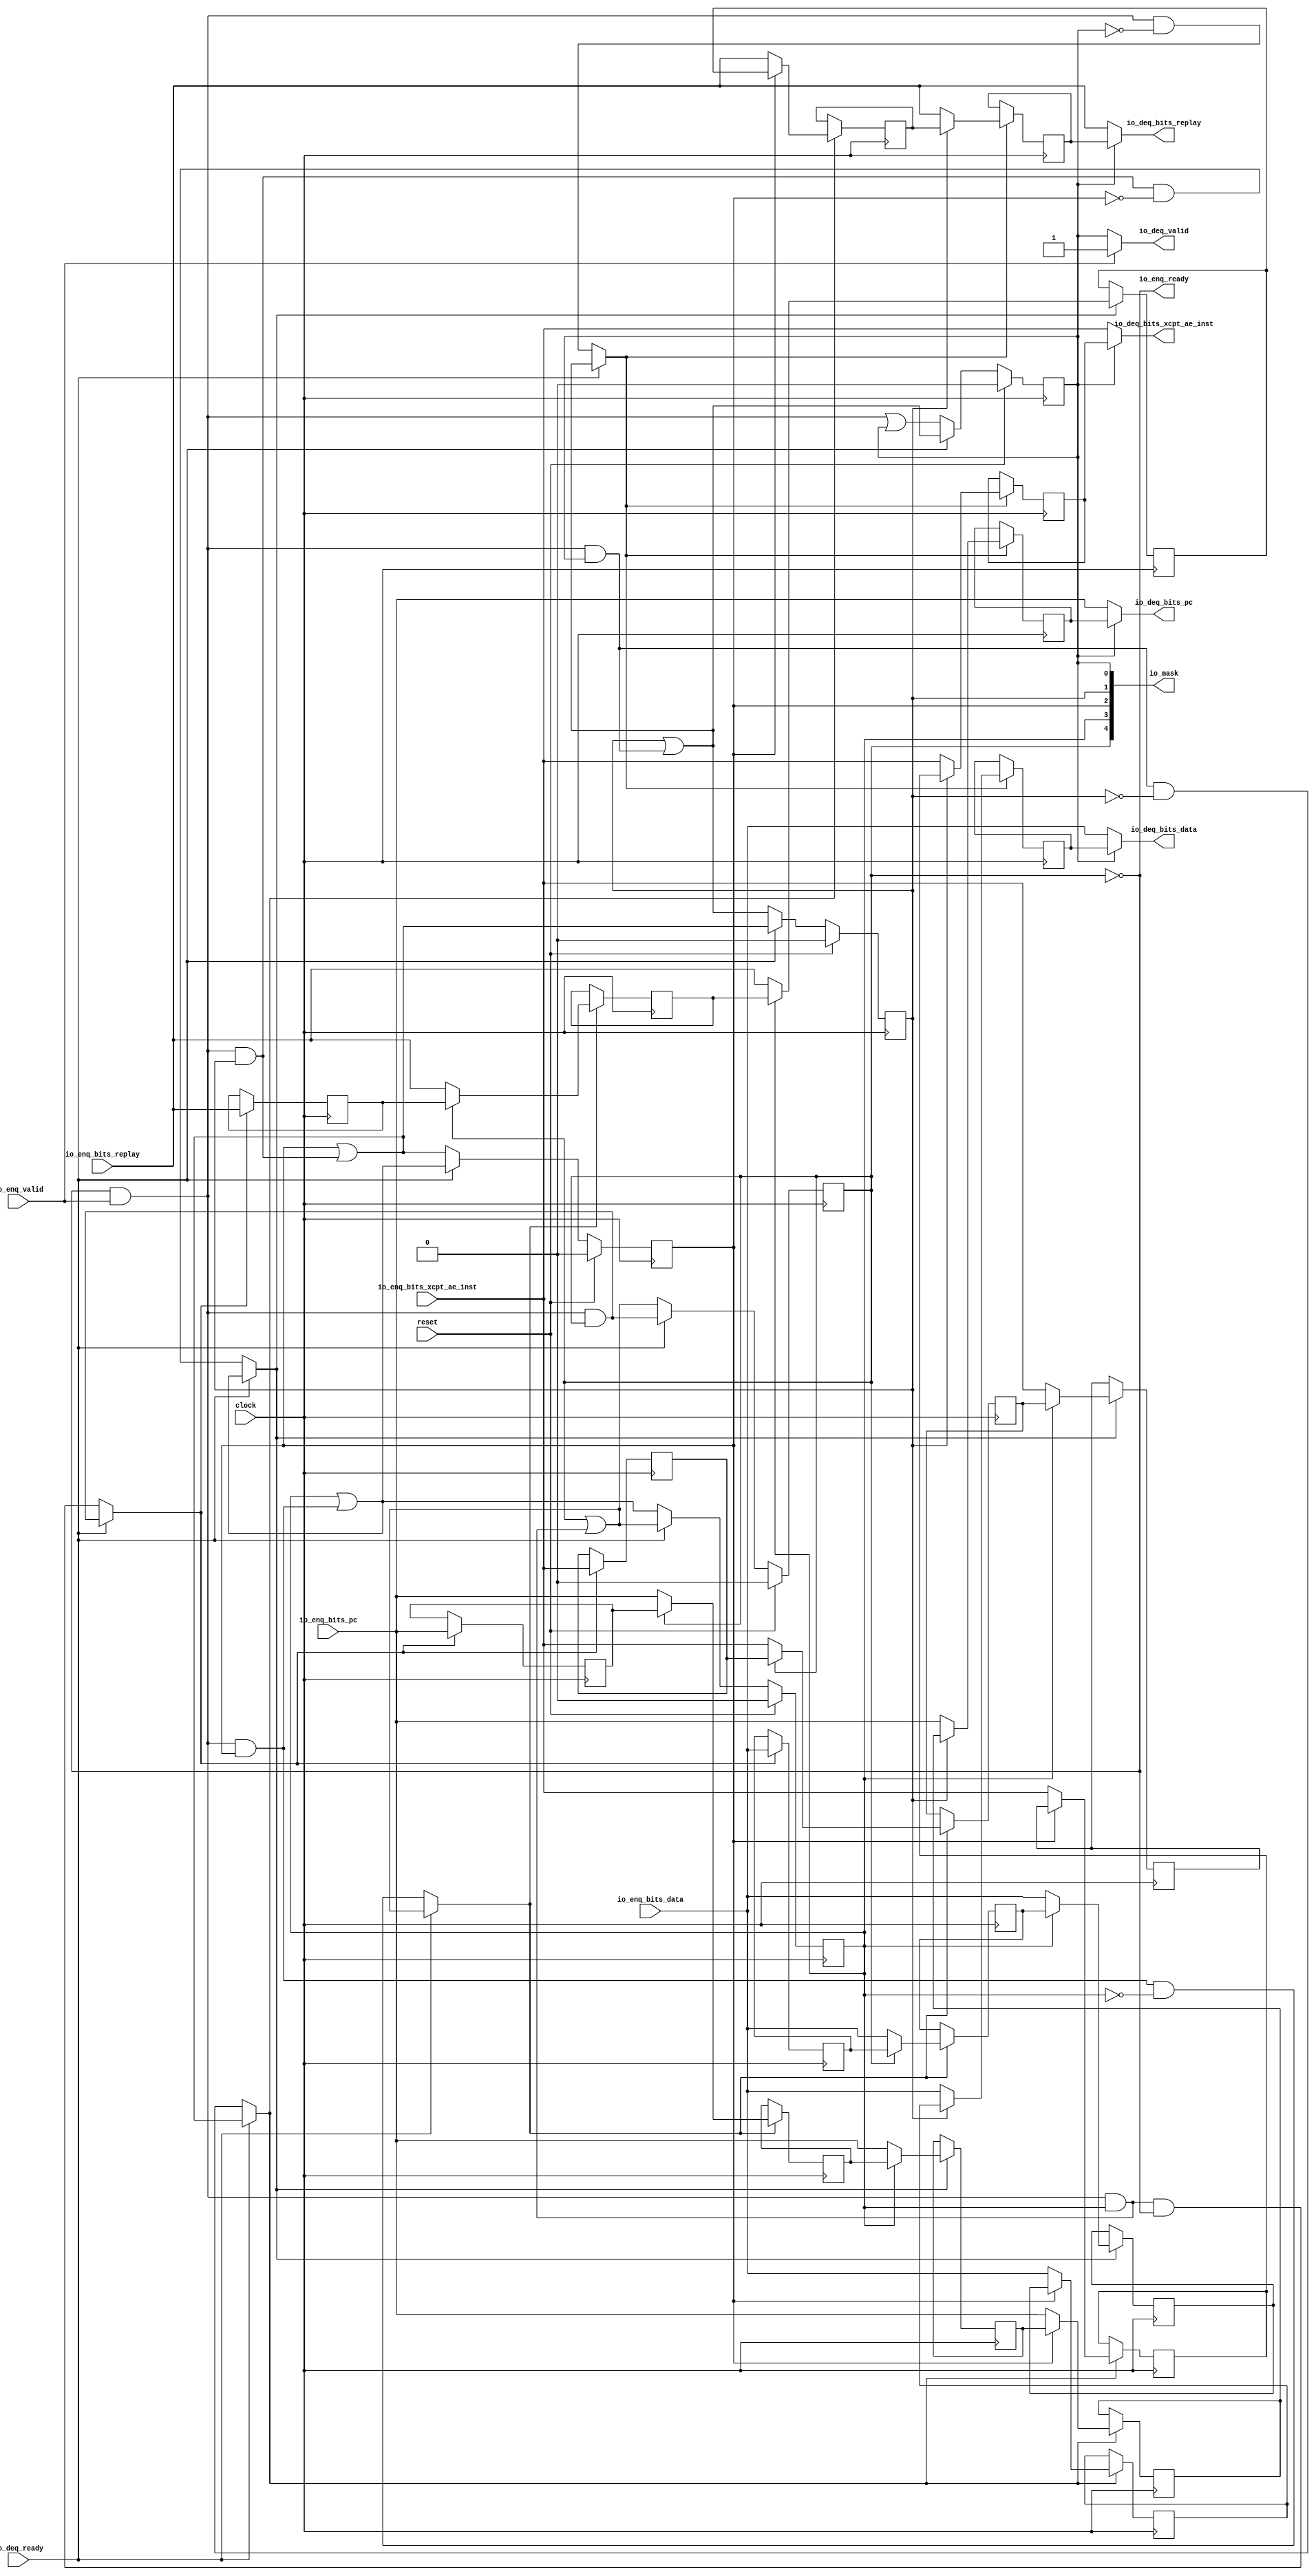
module ShiftQueue( // @[:freechips.rocketchip.system.TinyConfig.fir@109889.2]
  input         clock, // @[:freechips.rocketchip.system.TinyConfig.fir@109890.4]
  input         reset, // @[:freechips.rocketchip.system.TinyConfig.fir@109891.4]
  output        io_enq_ready, // @[:freechips.rocketchip.system.TinyConfig.fir@109892.4]
  input         io_enq_valid, // @[:freechips.rocketchip.system.TinyConfig.fir@109892.4]
  input  [31:0] io_enq_bits_pc, // @[:freechips.rocketchip.system.TinyConfig.fir@109892.4]
  input  [31:0] io_enq_bits_data, // @[:freechips.rocketchip.system.TinyConfig.fir@109892.4]
  input         io_enq_bits_xcpt_ae_inst, // @[:freechips.rocketchip.system.TinyConfig.fir@109892.4]
  input         io_enq_bits_replay, // @[:freechips.rocketchip.system.TinyConfig.fir@109892.4]
  input         io_deq_ready, // @[:freechips.rocketchip.system.TinyConfig.fir@109892.4]
  output        io_deq_valid, // @[:freechips.rocketchip.system.TinyConfig.fir@109892.4]
  output [31:0] io_deq_bits_pc, // @[:freechips.rocketchip.system.TinyConfig.fir@109892.4]
  output [31:0] io_deq_bits_data, // @[:freechips.rocketchip.system.TinyConfig.fir@109892.4]
  output        io_deq_bits_xcpt_ae_inst, // @[:freechips.rocketchip.system.TinyConfig.fir@109892.4]
  output        io_deq_bits_replay, // @[:freechips.rocketchip.system.TinyConfig.fir@109892.4]
  output [4:0]  io_mask // @[:freechips.rocketchip.system.TinyConfig.fir@109892.4]
);
  reg  _T_1_0; // @[ShiftQueue.scala 20:30:freechips.rocketchip.system.TinyConfig.fir@109904.4]
  reg [31:0] _RAND_0;
  reg  _T_1_1; // @[ShiftQueue.scala 20:30:freechips.rocketchip.system.TinyConfig.fir@109904.4]
  reg [31:0] _RAND_1;
  reg  _T_1_2; // @[ShiftQueue.scala 20:30:freechips.rocketchip.system.TinyConfig.fir@109904.4]
  reg [31:0] _RAND_2;
  reg  _T_1_3; // @[ShiftQueue.scala 20:30:freechips.rocketchip.system.TinyConfig.fir@109904.4]
  reg [31:0] _RAND_3;
  reg  _T_1_4; // @[ShiftQueue.scala 20:30:freechips.rocketchip.system.TinyConfig.fir@109904.4]
  reg [31:0] _RAND_4;
  reg [31:0] _T_2_0_pc; // @[ShiftQueue.scala 21:25:freechips.rocketchip.system.TinyConfig.fir@109905.4]
  reg [31:0] _RAND_5;
  reg [31:0] _T_2_0_data; // @[ShiftQueue.scala 21:25:freechips.rocketchip.system.TinyConfig.fir@109905.4]
  reg [31:0] _RAND_6;
  reg  _T_2_0_xcpt_ae_inst; // @[ShiftQueue.scala 21:25:freechips.rocketchip.system.TinyConfig.fir@109905.4]
  reg [31:0] _RAND_7;
  reg  _T_2_0_replay; // @[ShiftQueue.scala 21:25:freechips.rocketchip.system.TinyConfig.fir@109905.4]
  reg [31:0] _RAND_8;
  reg [31:0] _T_2_1_pc; // @[ShiftQueue.scala 21:25:freechips.rocketchip.system.TinyConfig.fir@109905.4]
  reg [31:0] _RAND_9;
  reg [31:0] _T_2_1_data; // @[ShiftQueue.scala 21:25:freechips.rocketchip.system.TinyConfig.fir@109905.4]
  reg [31:0] _RAND_10;
  reg  _T_2_1_xcpt_ae_inst; // @[ShiftQueue.scala 21:25:freechips.rocketchip.system.TinyConfig.fir@109905.4]
  reg [31:0] _RAND_11;
  reg  _T_2_1_replay; // @[ShiftQueue.scala 21:25:freechips.rocketchip.system.TinyConfig.fir@109905.4]
  reg [31:0] _RAND_12;
  reg [31:0] _T_2_2_pc; // @[ShiftQueue.scala 21:25:freechips.rocketchip.system.TinyConfig.fir@109905.4]
  reg [31:0] _RAND_13;
  reg [31:0] _T_2_2_data; // @[ShiftQueue.scala 21:25:freechips.rocketchip.system.TinyConfig.fir@109905.4]
  reg [31:0] _RAND_14;
  reg  _T_2_2_xcpt_ae_inst; // @[ShiftQueue.scala 21:25:freechips.rocketchip.system.TinyConfig.fir@109905.4]
  reg [31:0] _RAND_15;
  reg  _T_2_2_replay; // @[ShiftQueue.scala 21:25:freechips.rocketchip.system.TinyConfig.fir@109905.4]
  reg [31:0] _RAND_16;
  reg [31:0] _T_2_3_pc; // @[ShiftQueue.scala 21:25:freechips.rocketchip.system.TinyConfig.fir@109905.4]
  reg [31:0] _RAND_17;
  reg [31:0] _T_2_3_data; // @[ShiftQueue.scala 21:25:freechips.rocketchip.system.TinyConfig.fir@109905.4]
  reg [31:0] _RAND_18;
  reg  _T_2_3_xcpt_ae_inst; // @[ShiftQueue.scala 21:25:freechips.rocketchip.system.TinyConfig.fir@109905.4]
  reg [31:0] _RAND_19;
  reg  _T_2_3_replay; // @[ShiftQueue.scala 21:25:freechips.rocketchip.system.TinyConfig.fir@109905.4]
  reg [31:0] _RAND_20;
  reg [31:0] _T_2_4_pc; // @[ShiftQueue.scala 21:25:freechips.rocketchip.system.TinyConfig.fir@109905.4]
  reg [31:0] _RAND_21;
  reg [31:0] _T_2_4_data; // @[ShiftQueue.scala 21:25:freechips.rocketchip.system.TinyConfig.fir@109905.4]
  reg [31:0] _RAND_22;
  reg  _T_2_4_xcpt_ae_inst; // @[ShiftQueue.scala 21:25:freechips.rocketchip.system.TinyConfig.fir@109905.4]
  reg [31:0] _RAND_23;
  reg  _T_2_4_replay; // @[ShiftQueue.scala 21:25:freechips.rocketchip.system.TinyConfig.fir@109905.4]
  reg [31:0] _RAND_24;
  wire  _T_4; // @[Decoupled.scala 37:37:freechips.rocketchip.system.TinyConfig.fir@109907.4]
  wire  _T_6; // @[ShiftQueue.scala 29:45:freechips.rocketchip.system.TinyConfig.fir@109909.4]
  wire  _T_7; // @[ShiftQueue.scala 29:28:freechips.rocketchip.system.TinyConfig.fir@109910.4]
  wire  _T_10; // @[ShiftQueue.scala 30:48:freechips.rocketchip.system.TinyConfig.fir@109913.4]
  wire  _T_11; // @[ShiftQueue.scala 30:45:freechips.rocketchip.system.TinyConfig.fir@109914.4]
  wire  _T_12; // @[ShiftQueue.scala 28:10:freechips.rocketchip.system.TinyConfig.fir@109915.4]
  wire  _T_19; // @[ShiftQueue.scala 36:45:freechips.rocketchip.system.TinyConfig.fir@109925.4]
  wire  _T_24; // @[ShiftQueue.scala 29:45:freechips.rocketchip.system.TinyConfig.fir@109931.4]
  wire  _T_25; // @[ShiftQueue.scala 29:28:freechips.rocketchip.system.TinyConfig.fir@109932.4]
  wire  _T_28; // @[ShiftQueue.scala 30:48:freechips.rocketchip.system.TinyConfig.fir@109935.4]
  wire  _T_29; // @[ShiftQueue.scala 30:45:freechips.rocketchip.system.TinyConfig.fir@109936.4]
  wire  _T_30; // @[ShiftQueue.scala 28:10:freechips.rocketchip.system.TinyConfig.fir@109937.4]
  wire  _T_37; // @[ShiftQueue.scala 36:45:freechips.rocketchip.system.TinyConfig.fir@109947.4]
  wire  _T_42; // @[ShiftQueue.scala 29:45:freechips.rocketchip.system.TinyConfig.fir@109953.4]
  wire  _T_43; // @[ShiftQueue.scala 29:28:freechips.rocketchip.system.TinyConfig.fir@109954.4]
  wire  _T_46; // @[ShiftQueue.scala 30:48:freechips.rocketchip.system.TinyConfig.fir@109957.4]
  wire  _T_47; // @[ShiftQueue.scala 30:45:freechips.rocketchip.system.TinyConfig.fir@109958.4]
  wire  _T_48; // @[ShiftQueue.scala 28:10:freechips.rocketchip.system.TinyConfig.fir@109959.4]
  wire  _T_55; // @[ShiftQueue.scala 36:45:freechips.rocketchip.system.TinyConfig.fir@109969.4]
  wire  _T_60; // @[ShiftQueue.scala 29:45:freechips.rocketchip.system.TinyConfig.fir@109975.4]
  wire  _T_61; // @[ShiftQueue.scala 29:28:freechips.rocketchip.system.TinyConfig.fir@109976.4]
  wire  _T_64; // @[ShiftQueue.scala 30:48:freechips.rocketchip.system.TinyConfig.fir@109979.4]
  wire  _T_65; // @[ShiftQueue.scala 30:45:freechips.rocketchip.system.TinyConfig.fir@109980.4]
  wire  _T_66; // @[ShiftQueue.scala 28:10:freechips.rocketchip.system.TinyConfig.fir@109981.4]
  wire  _T_73; // @[ShiftQueue.scala 36:45:freechips.rocketchip.system.TinyConfig.fir@109991.4]
  wire  _T_77; // @[ShiftQueue.scala 29:45:freechips.rocketchip.system.TinyConfig.fir@109996.4]
  wire  _T_81; // @[ShiftQueue.scala 30:48:freechips.rocketchip.system.TinyConfig.fir@110000.4]
  wire  _T_82; // @[ShiftQueue.scala 30:45:freechips.rocketchip.system.TinyConfig.fir@110001.4]
  wire  _T_83; // @[ShiftQueue.scala 28:10:freechips.rocketchip.system.TinyConfig.fir@110002.4]
  wire  _T_90; // @[ShiftQueue.scala 36:45:freechips.rocketchip.system.TinyConfig.fir@110012.4]
  wire [1:0] _T_94; // @[ShiftQueue.scala 52:20:freechips.rocketchip.system.TinyConfig.fir@110026.4]
  wire [2:0] _T_96; // @[ShiftQueue.scala 52:20:freechips.rocketchip.system.TinyConfig.fir@110028.4]
  assign _T_4 = io_enq_ready & io_enq_valid; // @[Decoupled.scala 37:37:freechips.rocketchip.system.TinyConfig.fir@109907.4]
  assign _T_6 = _T_4 & _T_1_0; // @[ShiftQueue.scala 29:45:freechips.rocketchip.system.TinyConfig.fir@109909.4]
  assign _T_7 = _T_1_1 | _T_6; // @[ShiftQueue.scala 29:28:freechips.rocketchip.system.TinyConfig.fir@109910.4]
  assign _T_10 = _T_1_0 == 1'h0; // @[ShiftQueue.scala 30:48:freechips.rocketchip.system.TinyConfig.fir@109913.4]
  assign _T_11 = _T_4 & _T_10; // @[ShiftQueue.scala 30:45:freechips.rocketchip.system.TinyConfig.fir@109914.4]
  assign _T_12 = io_deq_ready ? _T_7 : _T_11; // @[ShiftQueue.scala 28:10:freechips.rocketchip.system.TinyConfig.fir@109915.4]
  assign _T_19 = _T_4 | _T_1_0; // @[ShiftQueue.scala 36:45:freechips.rocketchip.system.TinyConfig.fir@109925.4]
  assign _T_24 = _T_4 & _T_1_1; // @[ShiftQueue.scala 29:45:freechips.rocketchip.system.TinyConfig.fir@109931.4]
  assign _T_25 = _T_1_2 | _T_24; // @[ShiftQueue.scala 29:28:freechips.rocketchip.system.TinyConfig.fir@109932.4]
  assign _T_28 = _T_1_1 == 1'h0; // @[ShiftQueue.scala 30:48:freechips.rocketchip.system.TinyConfig.fir@109935.4]
  assign _T_29 = _T_6 & _T_28; // @[ShiftQueue.scala 30:45:freechips.rocketchip.system.TinyConfig.fir@109936.4]
  assign _T_30 = io_deq_ready ? _T_25 : _T_29; // @[ShiftQueue.scala 28:10:freechips.rocketchip.system.TinyConfig.fir@109937.4]
  assign _T_37 = _T_6 | _T_1_1; // @[ShiftQueue.scala 36:45:freechips.rocketchip.system.TinyConfig.fir@109947.4]
  assign _T_42 = _T_4 & _T_1_2; // @[ShiftQueue.scala 29:45:freechips.rocketchip.system.TinyConfig.fir@109953.4]
  assign _T_43 = _T_1_3 | _T_42; // @[ShiftQueue.scala 29:28:freechips.rocketchip.system.TinyConfig.fir@109954.4]
  assign _T_46 = _T_1_2 == 1'h0; // @[ShiftQueue.scala 30:48:freechips.rocketchip.system.TinyConfig.fir@109957.4]
  assign _T_47 = _T_24 & _T_46; // @[ShiftQueue.scala 30:45:freechips.rocketchip.system.TinyConfig.fir@109958.4]
  assign _T_48 = io_deq_ready ? _T_43 : _T_47; // @[ShiftQueue.scala 28:10:freechips.rocketchip.system.TinyConfig.fir@109959.4]
  assign _T_55 = _T_24 | _T_1_2; // @[ShiftQueue.scala 36:45:freechips.rocketchip.system.TinyConfig.fir@109969.4]
  assign _T_60 = _T_4 & _T_1_3; // @[ShiftQueue.scala 29:45:freechips.rocketchip.system.TinyConfig.fir@109975.4]
  assign _T_61 = _T_1_4 | _T_60; // @[ShiftQueue.scala 29:28:freechips.rocketchip.system.TinyConfig.fir@109976.4]
  assign _T_64 = _T_1_3 == 1'h0; // @[ShiftQueue.scala 30:48:freechips.rocketchip.system.TinyConfig.fir@109979.4]
  assign _T_65 = _T_42 & _T_64; // @[ShiftQueue.scala 30:45:freechips.rocketchip.system.TinyConfig.fir@109980.4]
  assign _T_66 = io_deq_ready ? _T_61 : _T_65; // @[ShiftQueue.scala 28:10:freechips.rocketchip.system.TinyConfig.fir@109981.4]
  assign _T_73 = _T_42 | _T_1_3; // @[ShiftQueue.scala 36:45:freechips.rocketchip.system.TinyConfig.fir@109991.4]
  assign _T_77 = _T_4 & _T_1_4; // @[ShiftQueue.scala 29:45:freechips.rocketchip.system.TinyConfig.fir@109996.4]
  assign _T_81 = _T_1_4 == 1'h0; // @[ShiftQueue.scala 30:48:freechips.rocketchip.system.TinyConfig.fir@110000.4]
  assign _T_82 = _T_60 & _T_81; // @[ShiftQueue.scala 30:45:freechips.rocketchip.system.TinyConfig.fir@110001.4]
  assign _T_83 = io_deq_ready ? _T_77 : _T_82; // @[ShiftQueue.scala 28:10:freechips.rocketchip.system.TinyConfig.fir@110002.4]
  assign _T_90 = _T_60 | _T_1_4; // @[ShiftQueue.scala 36:45:freechips.rocketchip.system.TinyConfig.fir@110012.4]
  assign _T_94 = {_T_1_1,_T_1_0}; // @[ShiftQueue.scala 52:20:freechips.rocketchip.system.TinyConfig.fir@110026.4]
  assign _T_96 = {_T_1_4,_T_1_3,_T_1_2}; // @[ShiftQueue.scala 52:20:freechips.rocketchip.system.TinyConfig.fir@110028.4]
  assign io_enq_ready = _T_1_4 == 1'h0; // @[ShiftQueue.scala 39:16:freechips.rocketchip.system.TinyConfig.fir@110016.4]
  assign io_deq_valid = io_enq_valid ? 1'h1 : _T_1_0; // @[ShiftQueue.scala 40:16:freechips.rocketchip.system.TinyConfig.fir@110017.4 ShiftQueue.scala 44:40:freechips.rocketchip.system.TinyConfig.fir@110020.6]
  assign io_deq_bits_pc = _T_10 ? io_enq_bits_pc : _T_2_0_pc; // @[ShiftQueue.scala 41:15:freechips.rocketchip.system.TinyConfig.fir@110018.4 ShiftQueue.scala 45:36:freechips.rocketchip.system.TinyConfig.fir@110024.6]
  assign io_deq_bits_data = _T_10 ? io_enq_bits_data : _T_2_0_data; // @[ShiftQueue.scala 41:15:freechips.rocketchip.system.TinyConfig.fir@110018.4 ShiftQueue.scala 45:36:freechips.rocketchip.system.TinyConfig.fir@110024.6]
  assign io_deq_bits_xcpt_ae_inst = _T_10 ? io_enq_bits_xcpt_ae_inst : _T_2_0_xcpt_ae_inst; // @[ShiftQueue.scala 41:15:freechips.rocketchip.system.TinyConfig.fir@110018.4 ShiftQueue.scala 45:36:freechips.rocketchip.system.TinyConfig.fir@110024.6]
  assign io_deq_bits_replay = _T_10 ? io_enq_bits_replay : _T_2_0_replay; // @[ShiftQueue.scala 41:15:freechips.rocketchip.system.TinyConfig.fir@110018.4 ShiftQueue.scala 45:36:freechips.rocketchip.system.TinyConfig.fir@110024.6]
  assign io_mask = {_T_96,_T_94}; // @[ShiftQueue.scala 52:11:freechips.rocketchip.system.TinyConfig.fir@110030.4]
`ifdef RANDOMIZE_GARBAGE_ASSIGN
`define RANDOMIZE
`endif
`ifdef RANDOMIZE_INVALID_ASSIGN
`define RANDOMIZE
`endif
`ifdef RANDOMIZE_REG_INIT
`define RANDOMIZE
`endif
`ifdef RANDOMIZE_MEM_INIT
`define RANDOMIZE
`endif
`ifndef RANDOM
`define RANDOM $random
`endif
`ifdef RANDOMIZE_MEM_INIT
  integer initvar;
`endif
initial begin
  `ifdef RANDOMIZE
    `ifdef INIT_RANDOM
      `INIT_RANDOM
    `endif
    `ifndef VERILATOR
      `ifdef RANDOMIZE_DELAY
        #`RANDOMIZE_DELAY begin end
      `else
        #0.002 begin end
      `endif
    `endif
  `ifdef RANDOMIZE_REG_INIT
  _RAND_0 = {1{`RANDOM}};
  _T_1_0 = _RAND_0[0:0];
  `endif // RANDOMIZE_REG_INIT
  `ifdef RANDOMIZE_REG_INIT
  _RAND_1 = {1{`RANDOM}};
  _T_1_1 = _RAND_1[0:0];
  `endif // RANDOMIZE_REG_INIT
  `ifdef RANDOMIZE_REG_INIT
  _RAND_2 = {1{`RANDOM}};
  _T_1_2 = _RAND_2[0:0];
  `endif // RANDOMIZE_REG_INIT
  `ifdef RANDOMIZE_REG_INIT
  _RAND_3 = {1{`RANDOM}};
  _T_1_3 = _RAND_3[0:0];
  `endif // RANDOMIZE_REG_INIT
  `ifdef RANDOMIZE_REG_INIT
  _RAND_4 = {1{`RANDOM}};
  _T_1_4 = _RAND_4[0:0];
  `endif // RANDOMIZE_REG_INIT
  `ifdef RANDOMIZE_REG_INIT
  _RAND_5 = {1{`RANDOM}};
  _T_2_0_pc = _RAND_5[31:0];
  `endif // RANDOMIZE_REG_INIT
  `ifdef RANDOMIZE_REG_INIT
  _RAND_6 = {1{`RANDOM}};
  _T_2_0_data = _RAND_6[31:0];
  `endif // RANDOMIZE_REG_INIT
  `ifdef RANDOMIZE_REG_INIT
  _RAND_7 = {1{`RANDOM}};
  _T_2_0_xcpt_ae_inst = _RAND_7[0:0];
  `endif // RANDOMIZE_REG_INIT
  `ifdef RANDOMIZE_REG_INIT
  _RAND_8 = {1{`RANDOM}};
  _T_2_0_replay = _RAND_8[0:0];
  `endif // RANDOMIZE_REG_INIT
  `ifdef RANDOMIZE_REG_INIT
  _RAND_9 = {1{`RANDOM}};
  _T_2_1_pc = _RAND_9[31:0];
  `endif // RANDOMIZE_REG_INIT
  `ifdef RANDOMIZE_REG_INIT
  _RAND_10 = {1{`RANDOM}};
  _T_2_1_data = _RAND_10[31:0];
  `endif // RANDOMIZE_REG_INIT
  `ifdef RANDOMIZE_REG_INIT
  _RAND_11 = {1{`RANDOM}};
  _T_2_1_xcpt_ae_inst = _RAND_11[0:0];
  `endif // RANDOMIZE_REG_INIT
  `ifdef RANDOMIZE_REG_INIT
  _RAND_12 = {1{`RANDOM}};
  _T_2_1_replay = _RAND_12[0:0];
  `endif // RANDOMIZE_REG_INIT
  `ifdef RANDOMIZE_REG_INIT
  _RAND_13 = {1{`RANDOM}};
  _T_2_2_pc = _RAND_13[31:0];
  `endif // RANDOMIZE_REG_INIT
  `ifdef RANDOMIZE_REG_INIT
  _RAND_14 = {1{`RANDOM}};
  _T_2_2_data = _RAND_14[31:0];
  `endif // RANDOMIZE_REG_INIT
  `ifdef RANDOMIZE_REG_INIT
  _RAND_15 = {1{`RANDOM}};
  _T_2_2_xcpt_ae_inst = _RAND_15[0:0];
  `endif // RANDOMIZE_REG_INIT
  `ifdef RANDOMIZE_REG_INIT
  _RAND_16 = {1{`RANDOM}};
  _T_2_2_replay = _RAND_16[0:0];
  `endif // RANDOMIZE_REG_INIT
  `ifdef RANDOMIZE_REG_INIT
  _RAND_17 = {1{`RANDOM}};
  _T_2_3_pc = _RAND_17[31:0];
  `endif // RANDOMIZE_REG_INIT
  `ifdef RANDOMIZE_REG_INIT
  _RAND_18 = {1{`RANDOM}};
  _T_2_3_data = _RAND_18[31:0];
  `endif // RANDOMIZE_REG_INIT
  `ifdef RANDOMIZE_REG_INIT
  _RAND_19 = {1{`RANDOM}};
  _T_2_3_xcpt_ae_inst = _RAND_19[0:0];
  `endif // RANDOMIZE_REG_INIT
  `ifdef RANDOMIZE_REG_INIT
  _RAND_20 = {1{`RANDOM}};
  _T_2_3_replay = _RAND_20[0:0];
  `endif // RANDOMIZE_REG_INIT
  `ifdef RANDOMIZE_REG_INIT
  _RAND_21 = {1{`RANDOM}};
  _T_2_4_pc = _RAND_21[31:0];
  `endif // RANDOMIZE_REG_INIT
  `ifdef RANDOMIZE_REG_INIT
  _RAND_22 = {1{`RANDOM}};
  _T_2_4_data = _RAND_22[31:0];
  `endif // RANDOMIZE_REG_INIT
  `ifdef RANDOMIZE_REG_INIT
  _RAND_23 = {1{`RANDOM}};
  _T_2_4_xcpt_ae_inst = _RAND_23[0:0];
  `endif // RANDOMIZE_REG_INIT
  `ifdef RANDOMIZE_REG_INIT
  _RAND_24 = {1{`RANDOM}};
  _T_2_4_replay = _RAND_24[0:0];
  `endif // RANDOMIZE_REG_INIT
  `endif // RANDOMIZE
end
  always @(posedge clock) begin
    if (reset) begin
      _T_1_0 <= 1'h0;
    end else begin
      if (io_deq_ready) begin
        _T_1_0 <= _T_7;
      end else begin
        _T_1_0 <= _T_19;
      end
    end
    if (reset) begin
      _T_1_1 <= 1'h0;
    end else begin
      if (io_deq_ready) begin
        _T_1_1 <= _T_25;
      end else begin
        _T_1_1 <= _T_37;
      end
    end
    if (reset) begin
      _T_1_2 <= 1'h0;
    end else begin
      if (io_deq_ready) begin
        _T_1_2 <= _T_43;
      end else begin
        _T_1_2 <= _T_55;
      end
    end
    if (reset) begin
      _T_1_3 <= 1'h0;
    end else begin
      if (io_deq_ready) begin
        _T_1_3 <= _T_61;
      end else begin
        _T_1_3 <= _T_73;
      end
    end
    if (reset) begin
      _T_1_4 <= 1'h0;
    end else begin
      if (io_deq_ready) begin
        _T_1_4 <= _T_77;
      end else begin
        _T_1_4 <= _T_90;
      end
    end
    if (_T_12) begin
      if (_T_1_1) begin
        _T_2_0_pc <= _T_2_1_pc;
      end else begin
        _T_2_0_pc <= io_enq_bits_pc;
      end
    end
    if (_T_12) begin
      if (_T_1_1) begin
        _T_2_0_data <= _T_2_1_data;
      end else begin
        _T_2_0_data <= io_enq_bits_data;
      end
    end
    if (_T_12) begin
      if (_T_1_1) begin
        _T_2_0_xcpt_ae_inst <= _T_2_1_xcpt_ae_inst;
      end else begin
        _T_2_0_xcpt_ae_inst <= io_enq_bits_xcpt_ae_inst;
      end
    end
    if (_T_12) begin
      if (_T_1_1) begin
        _T_2_0_replay <= _T_2_1_replay;
      end else begin
        _T_2_0_replay <= io_enq_bits_replay;
      end
    end
    if (_T_30) begin
      if (_T_1_2) begin
        _T_2_1_pc <= _T_2_2_pc;
      end else begin
        _T_2_1_pc <= io_enq_bits_pc;
      end
    end
    if (_T_30) begin
      if (_T_1_2) begin
        _T_2_1_data <= _T_2_2_data;
      end else begin
        _T_2_1_data <= io_enq_bits_data;
      end
    end
    if (_T_30) begin
      if (_T_1_2) begin
        _T_2_1_xcpt_ae_inst <= _T_2_2_xcpt_ae_inst;
      end else begin
        _T_2_1_xcpt_ae_inst <= io_enq_bits_xcpt_ae_inst;
      end
    end
    if (_T_30) begin
      if (_T_1_2) begin
        _T_2_1_replay <= _T_2_2_replay;
      end else begin
        _T_2_1_replay <= io_enq_bits_replay;
      end
    end
    if (_T_48) begin
      if (_T_1_3) begin
        _T_2_2_pc <= _T_2_3_pc;
      end else begin
        _T_2_2_pc <= io_enq_bits_pc;
      end
    end
    if (_T_48) begin
      if (_T_1_3) begin
        _T_2_2_data <= _T_2_3_data;
      end else begin
        _T_2_2_data <= io_enq_bits_data;
      end
    end
    if (_T_48) begin
      if (_T_1_3) begin
        _T_2_2_xcpt_ae_inst <= _T_2_3_xcpt_ae_inst;
      end else begin
        _T_2_2_xcpt_ae_inst <= io_enq_bits_xcpt_ae_inst;
      end
    end
    if (_T_48) begin
      if (_T_1_3) begin
        _T_2_2_replay <= _T_2_3_replay;
      end else begin
        _T_2_2_replay <= io_enq_bits_replay;
      end
    end
    if (_T_66) begin
      if (_T_1_4) begin
        _T_2_3_pc <= _T_2_4_pc;
      end else begin
        _T_2_3_pc <= io_enq_bits_pc;
      end
    end
    if (_T_66) begin
      if (_T_1_4) begin
        _T_2_3_data <= _T_2_4_data;
      end else begin
        _T_2_3_data <= io_enq_bits_data;
      end
    end
    if (_T_66) begin
      if (_T_1_4) begin
        _T_2_3_xcpt_ae_inst <= _T_2_4_xcpt_ae_inst;
      end else begin
        _T_2_3_xcpt_ae_inst <= io_enq_bits_xcpt_ae_inst;
      end
    end
    if (_T_66) begin
      if (_T_1_4) begin
        _T_2_3_replay <= _T_2_4_replay;
      end else begin
        _T_2_3_replay <= io_enq_bits_replay;
      end
    end
    if (_T_83) begin
      _T_2_4_pc <= io_enq_bits_pc;
    end
    if (_T_83) begin
      _T_2_4_data <= io_enq_bits_data;
    end
    if (_T_83) begin
      _T_2_4_xcpt_ae_inst <= io_enq_bits_xcpt_ae_inst;
    end
    if (_T_83) begin
      _T_2_4_replay <= io_enq_bits_replay;
    end
  end
endmodule